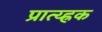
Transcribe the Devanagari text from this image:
प्रात्य्ह्रक